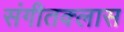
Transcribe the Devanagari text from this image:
संगीतक्लास